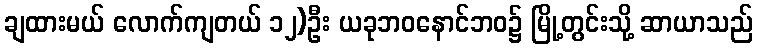
ချထားမယ် လောက်ကျတယ် ၁၂)ဦး ယခုဘဝနောင်ဘဝ၌ မြို့တွင်းသို့ ဆာယာသည်